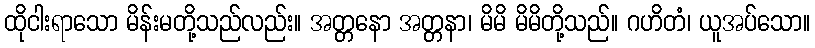
ထိုငါးရာသော မိန်းမတို့သည်လည်း။ အတ္တနော အတ္တနာ၊ မိမိ မိမိတို့သည်။ ဂဟိတံ၊ ယူအပ်သော။